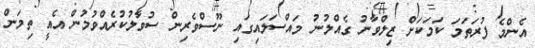
އެންމެ ފުރަތަމަ ކަމަކަށް ޒިލްވާނު ގެއްލުނު މައްސަލައިގައި ނޫސްވެރިން ސުވާލުކުރެއްވުމުން އެއީ ތިމަން